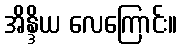
အိန္ဒိယ လေကြောင်း။